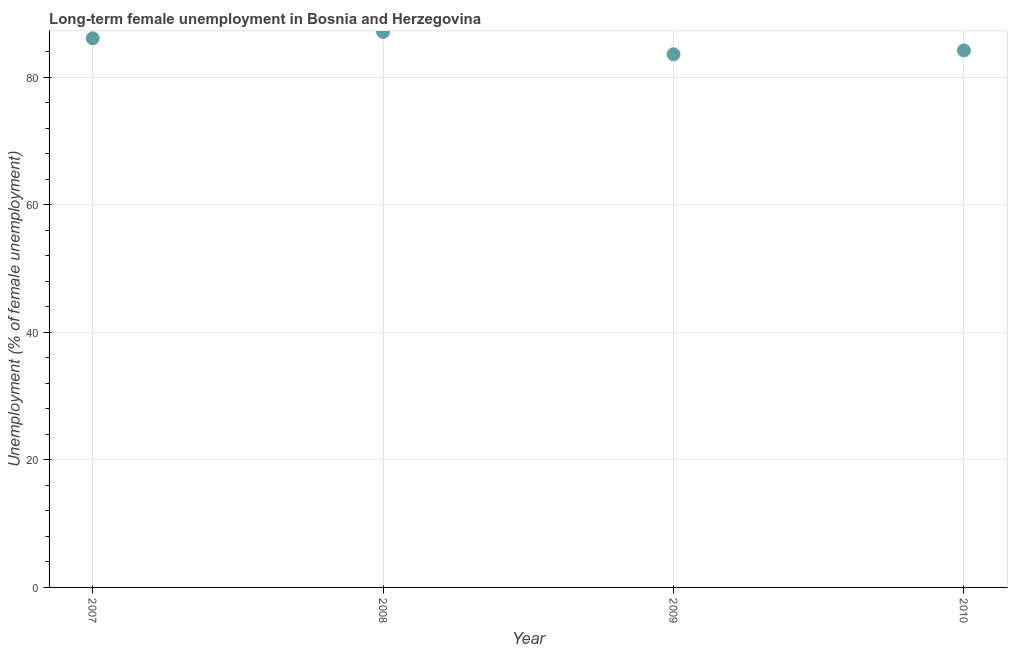
| Year | Long-term unemployment female |
 | --- | --- |
 | 2007 | 86.1 |
 | 2008 | 87.1 |
 | 2009 | 83.6 |
 | 2010 | 84.2 |